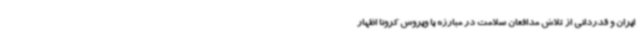
ایران و قدردانی از تلاش مدافعان سلامت در مبارزه با ویروس کرونا اظهار